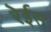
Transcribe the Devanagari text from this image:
रेईस